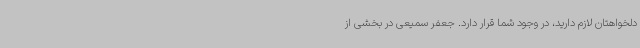
دلخواهتان لازم دارید، در وجود شما قرار دارد. جعفر سمیعی در بخشی از